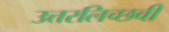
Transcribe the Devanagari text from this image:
उत्तरलिच्छवी